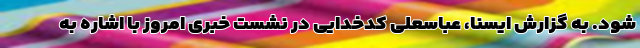
شود. به گزارش ایسنا، عباسعلی کدخدایی در نشست خبری امروز با اشاره به